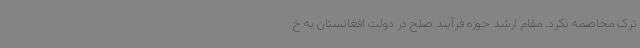
ترک مخاصمه نکرد. مقام ارشد حوزه فرآیند صلح در دولت افغانستان به خ